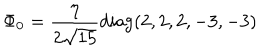
\Phi _ { 0 } = { \frac { \eta } { 2 \sqrt { 1 5 } } } \mathrm { d i a g } ( 2 , 2 , 2 , - 3 , - 3 )